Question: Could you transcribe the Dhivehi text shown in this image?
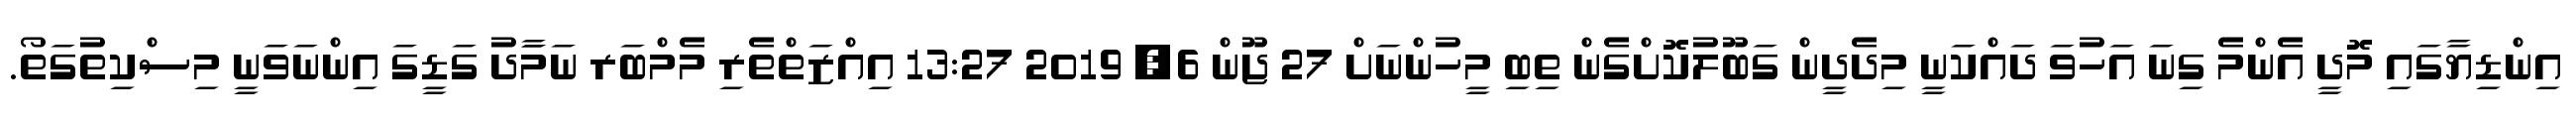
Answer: އިންޑިޔާގައި މޮދީ އެންމެ ގިނަ އަހުވަ ދައްކަނީ މިދެދީން ގަބޫލުކޮށްގެން ތިބި މީހުންނަށް 27 ޖޫން 6, 2019 13:27 އިއްޒަތްތެރި މެމްބަރ ނަމަާދު ގަޑީގަ އިންނަވަނީ މިސްކިތުގަތޯ.